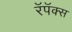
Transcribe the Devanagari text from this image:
रॅपॅक्स